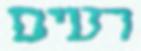
רעים